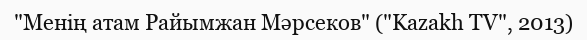
"Менің атам Райымжан Мәрсеков" ("Kazakh TV", 2013)